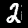
Digit: 2